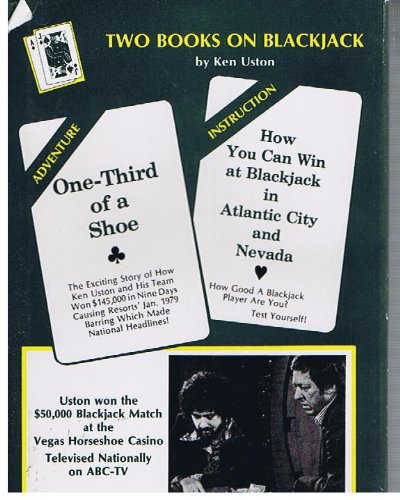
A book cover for Two Books On Blackjack : One-Third of a Shoe & How You Can Win at Blackjack in Atlantic City and Nevada; Ken USton; Humor & Entertainment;